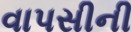
વાપસીની